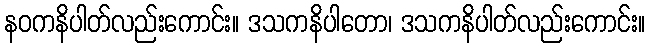
နဝကနိပါတ်လည်းကောင်း။ ဒသကနိပါတော၊ ဒသကနိပါတ်လည်းကောင်း။